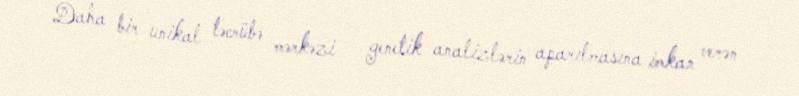
Daha bir unikal təcrübə mərkəzi - genetik analizlərin aparılmasına imkan verən